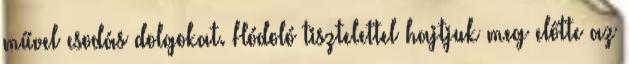
művel csodás dolgokat. Hódoló tisztelettel hajtjuk meg előtte az